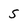
Character: 5